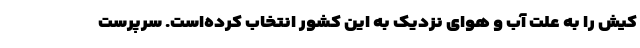
کیش را به علت آب و هوای نزدیک به این کشور انتخاب کرده‌است. سرپرست